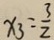
x _ { 3 } = \frac { 3 } { 2 }